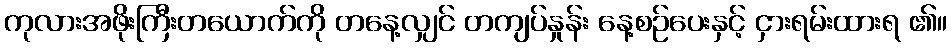
ကုလားအဖိုးကြီးတယောက်ကို တနေ့လျှင် တကျပ်နှုန်း နေ့စဉ်ပေးနှင့် ငှားရမ်းထားရ ၏။